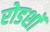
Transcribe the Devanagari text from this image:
रोडशाॅ